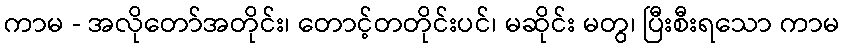
ကာမ - အလိုတော်အတိုင်း၊ တောင့်တတိုင်းပင်၊ မဆိုင်း မတွ၊ ပြီးစီးရသော ကာမ